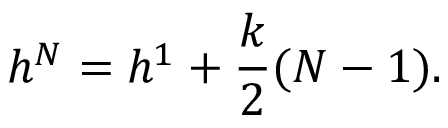
h ^ { N } = h ^ { 1 } + { \frac { k } { 2 } } ( N - 1 ) .